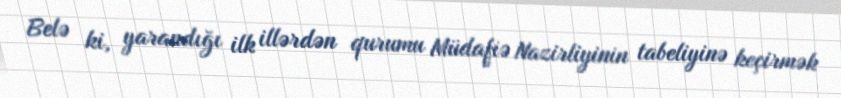
Belə ki, yarandığı ilk illərdən qurumu Müdafiə Nazirliyinin tabeliyinə keçirmək